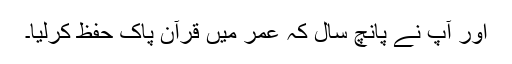
اور آپ نے پانچ سال کہ عمر میں قرآن پاک حفظ کرلیا۔